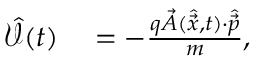
\begin{array} { r l } { \mathcal { \hat { V } } ( t ) } & { { } = - \frac { q \vec { A } ( \hat { \vec { x } } , t ) \cdot \hat { \vec { p } } } { m } , } \end{array}